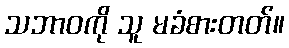
သဘာဝကို သူ မခံစားတတ်။